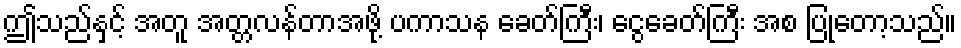
ဤသည်နှင့် အတူ အတ္တလန်တာအဖို့ ပကာသန ခေတ်ကြီး၊ ငွေခေတ်ကြီး အစ ပြုတော့သည်။